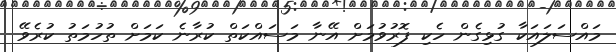
މައްސަލައަކާ ގުޅިގެން ހެކި ފޮރުވުމަށް އޭނާ މަސައްކަތް ކުރާނެ ކަމަށް ތުހުމަތު ކުރެވޭ